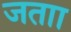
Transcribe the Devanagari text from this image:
जताा